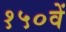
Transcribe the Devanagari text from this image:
१५०वें